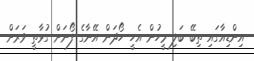
އިންޑިއާގައި ތިބޭ ބަލި މީހުން އެހީ ހޯދަން އޭނާގެ ފޯނަށް ގުޅާތީ ވަރަށް